Vaccine operations Central Provinces 1900-1911 - 1900-1911
Year: 1900
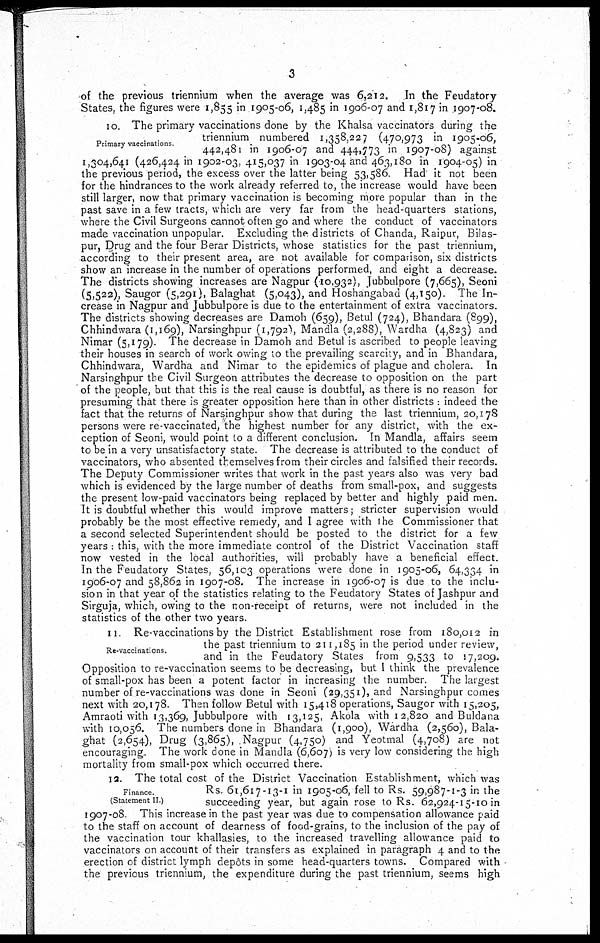
3
of the previous triennium when the average was 6,212. In the Feudatory-
States, the figures were 1,855 in 1905-06, 1,485 in 1906-07 and 1,817 in 1907-08.
Primary vaccinations
10. The primary vaccinations done by the Khalsa vaccinators during the
triennium numbered 1,358,227 (470,973 in 1905-06,
442,481 in 1906-07 and 444,773 in 1907-08) against
1,304,641 (426,424 in 1902-03, 415,037 in 1903-04 and 463,180 in 1904-05) in
the previous period, the excess over the latter being 53,586 Had it not been
for the hindrances to the work already referred to, the increase would have been
still larger, now that primary vaccination is becoming more popular than in the
past save in a few tracts, which are very far from the head-quarters stations,
where the Civil Surgeons cannot often go and where the conduct of vaccinators
made vaccination unpopular. Excluding the districts of Chanda, Raipur, Bilas-
pur, Drug and the four Berar Districts, whose statistics for the past triennium,
according to their present area, are not available for comparison, six districts
show an increase in the number of operations performed, and eight a decrease.
The districts showing increases are Nagpur (10,932), Jubbulpore (7,665), Seoni
(5,522), Saugor (5,291), Balaghat (5,043), and Hoshangabad (4,150). The In-
crease in Nagpur and Jubbulpore is due to the entertainment of extra vaccinators.
The districts showing decreases are Damoh (659), Betul (724), Bhandara (899),
Chhindwara (1,169), Narsinghpur (1,792), Mandla (2,288), Wardha (4,823) and
Nimar (5,179). The decrease in Damoh and Betul is ascribed to people leaving
their houses in search of work owing to the prevailing scarcity, and in Bhandara,
Chhindwara, Wardha and Nimar to the epidemics of plague and cholera. In
Narsinghpur the Civil Surgeon attributes the decrease to opposition on the part
of the people, but that this is the real cause is doubtful, as there is no reason for
presuming that there is greater opposition here than in other districts : indeed the
fact that the returns of Narsinghpur show that during the last triennium, 20,178
persons were re-vaccinated, the highest number for any district, with the ex-
ception of Seoni, would point to a different conclusion. In Mandla, affairs seem
to be in a very unsatisfactory state. The decrease is attributed to the conduct of
vaccinators, who absented themselves from their circles and falsified their records.
The Deputy Commissioner writes that work in the past years also was very bad
which is evidenced by the large number of deaths from small-pox, and suggests
the present low-paid vaccinators being replaced by better and highly paid men.
It is doubtful whether this would improve matters; stricter supervision would
probably be the most effective remedy, and I agree with the Commissioner that
a second selected Superintendent should be posted to the district for a few
years this, with the more immediate control of the District Vaccination staff
now vested in the local authorities, will probably have a beneficial effect.
In the Feudatory States, 56,103 operations were done in 1905-06, 64,334 in
1906-07 and 58,862 in 1907-08. The increase in 1906-07 is due to the inclu-
sion in that year of the statistics relating to the Feudatory States of Jashpur and
Sirguja, which, owing to the non-receipt of returns, were not included in the
statistics of the other two years.
Re-vaccinations.
11 Re-vaccinations by the District Establishment rose from 180,012 in
the past triennium to 211,185 in the period under review,
and in the Feudatory States from 9,533 to 17,209.
Opposition to re-vaccination seems to be decreasing, but I think the prevalence
of small-pox has been a potent factor in increasing the number. The largest
number of re-vaccinations was done in Seoni (29,351), and Narsinghpur comes
next with 20,178. Then follow Betul with 15,418 operations, Saugor with 15,205,
Amraoti with 13,369, Jubbulpore with 13,125, Akola with 12,820 and Buldana
with 10,056. The numbers done in Bhandara (1,900), Wardha (2,560), Bala-
ghat (2,654), Drug (3,865), Nagpur (4,750) and Yeotmal (4,708) are not
encouraging. The work done in Mandla (6,607) is very low considering the high
mortality from small-pox which occurred there.
Finance
(Statement II)
12. The total cost of the District Vaccination Establishment, which was
Rs. 61,617-13-1 in 1905-06, fell to Rs. 59,987-1-3 in the
succeeding year, but again rose to Rs. 62,924-15-10 in
1907-08. This increase in the past year was due to compensation allowance paid
to the staff on account of dearness of food-grains, to the inclusion of the pay of
the vaccination tour khallasies, to the increased travelling allowance paid to
vaccinators on account of their transfers as explained in paragraph 4 and to the
erection of district lymph depôts in some head-quarters towns. Compared with
the previous triennium, the expenditure during the past triennium, seems high